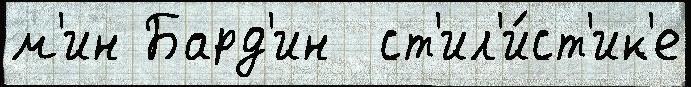
м'ин Бард'ин  ст'ил'и́ст'ик'е